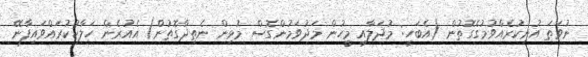
ނުވަތަ އުނިކުރެއްވުމުގެގޮތުން (އެބަހީ: މުދަލާއި މީހުން މަދުވަމުންގޮސް މުޅިން ނެތިދާގޮތުން) އެއުރެން ހަލާކުކުރައްވައިފާނޭ